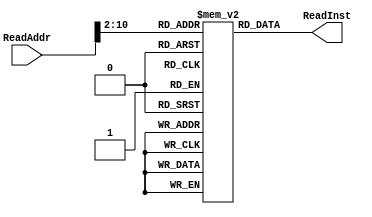
`timescale 1ns / 1ps
//////////////////////////////////////////////////////////////////////////////////
// Company: Tsinghua University
// 
// Design Name: PipelineCPU
// Module Name: InstMem
// Project Name: PipelineCPU
// Target Devices: xc7a35tcpg236-1
// Tool Versions: Vivado 2017.3
// Description: The memory to save instructions
// 
// Dependencies: None
// 
// Revision: None
// Revision 0.01 - File Created
// Additional Comments: None
// 
//////////////////////////////////////////////////////////////////////////////////


module InstMem
(
    input wire [31:0] ReadAddr,
    output wire [31:0] ReadInst
);

parameter MEM_SIZE = 512;
reg [31:0] data [MEM_SIZE:0];

assign ReadInst = data[ReadAddr[10:2]];

integer i;
initial begin
    data[9'h0 ] <= 32'h20040005;
    data[9'h1 ] <= 32'h20080080;
    data[9'h2 ] <= 32'h03a8e822;
    data[9'h3 ] <= 32'h23a50000;
    data[9'h4 ] <= 32'h20060005;
    data[9'h5 ] <= 32'h20080002;
    data[9'h6 ] <= 32'haca80000;
    data[9'h7 ] <= 32'h2008000c;
    data[9'h8 ] <= 32'haca80004;
    data[9'h9 ] <= 32'h20080001;
    data[9'hA ] <= 32'haca80008;
    data[9'hB ] <= 32'h2008000a;
    data[9'hC ] <= 32'haca8000c;
    data[9'hD ] <= 32'h20080003;
    data[9'hE ] <= 32'haca80010;
    data[9'hF ] <= 32'h20080014;
    data[9'h10] <= 32'haca80014;
    data[9'h11] <= 32'h20080002;
    data[9'h12] <= 32'haca80018;
    data[9'h13] <= 32'h2008000f;
    data[9'h14] <= 32'haca8001c;
    data[9'h15] <= 32'h20080001;
    data[9'h16] <= 32'haca80020;
    data[9'h17] <= 32'h20080008;
    data[9'h18] <= 32'haca80024;
    data[9'h19] <= 32'h20080100;
    data[9'h1A] <= 32'h03a8e822;
    data[9'h1B] <= 32'h23b00000;
    data[9'h1C] <= 32'h20080000;
    data[9'h1D] <= 32'h20090040;
    data[9'h1E] <= 32'h0109482a;
    data[9'h1F] <= 32'h11200005;
    data[9'h20] <= 32'h00084880;
    data[9'h21] <= 32'h01304820;
    data[9'h22] <= 32'had200000;
    data[9'h23] <= 32'h21080001;
    data[9'h24] <= 32'h0810001d;
    data[9'h25] <= 32'h20080000;
    data[9'h26] <= 32'h0104502a;
    data[9'h27] <= 32'h1140001b;
    data[9'h28] <= 32'h000850c0;
    data[9'h29] <= 32'h01455020;
    data[9'h2A] <= 32'h8d510000;
    data[9'h2B] <= 32'h8d520004;
    data[9'h2C] <= 32'h00065880;
    data[9'h2D] <= 32'h01705820;
    data[9'h2E] <= 32'h00d16022;
    data[9'h2F] <= 32'h000c6080;
    data[9'h30] <= 32'h01906020;
    data[9'h31] <= 32'h20c90000;
    data[9'h32] <= 32'h0120502a;
    data[9'h33] <= 32'h1540000d;
    data[9'h34] <= 32'h0131502a;
    data[9'h35] <= 32'h15400007;
    data[9'h36] <= 32'h8d6d0000;
    data[9'h37] <= 32'h8d8e0000;
    data[9'h38] <= 32'h01d27020;
    data[9'h39] <= 32'h01cd782a;
    data[9'h3A] <= 32'h11e00001;
    data[9'h3B] <= 32'h0810003d;
    data[9'h3C] <= 32'had6e0000;
    data[9'h3D] <= 32'h216bfffc;
    data[9'h3E] <= 32'h218cfffc;
    data[9'h3F] <= 32'h2129ffff;
    data[9'h40] <= 32'h08100032;
    data[9'h41] <= 32'h21080001;
    data[9'h42] <= 32'h08100026;
    data[9'h43] <= 32'h00061080;
    data[9'h44] <= 32'h00501020;
    data[9'h45] <= 32'h8c420000;
    data[9'h46] <= 32'h20100000;
    data[9'h47] <= 32'h00104302;
    data[9'h48] <= 32'h31080003;
    data[9'h49] <= 32'h20090000;
    data[9'h4A] <= 32'h11090006;
    data[9'h4B] <= 32'h20090001;
    data[9'h4C] <= 32'h11090007;
    data[9'h4D] <= 32'h20090002;
    data[9'h4E] <= 32'h11090009;
    data[9'h4F] <= 32'h20090003;
    data[9'h50] <= 32'h1109000b;
    data[9'h51] <= 32'h20110e00;
    data[9'h52] <= 32'h3052000f;
    data[9'h53] <= 32'h08100060;
    data[9'h54] <= 32'h20110d00;
    data[9'h55] <= 32'h00029102;
    data[9'h56] <= 32'h3252000f;
    data[9'h57] <= 32'h08100060;
    data[9'h58] <= 32'h20110b00;
    data[9'h59] <= 32'h00029202;
    data[9'h5A] <= 32'h3252000f;
    data[9'h5B] <= 32'h08100060;
    data[9'h5C] <= 32'h20110700;
    data[9'h5D] <= 32'h00029302;
    data[9'h5E] <= 32'h3252000f;
    data[9'h5F] <= 32'h08100060;
    data[9'h60] <= 32'h20090000;
    data[9'h61] <= 32'h1249001e;
    data[9'h62] <= 32'h21290001;
    data[9'h63] <= 32'h1249001f;
    data[9'h64] <= 32'h21290001;
    data[9'h65] <= 32'h12490020;
    data[9'h66] <= 32'h21290001;
    data[9'h67] <= 32'h12490021;
    data[9'h68] <= 32'h21290001;
    data[9'h69] <= 32'h12490022;
    data[9'h6A] <= 32'h21290001;
    data[9'h6B] <= 32'h12490023;
    data[9'h6C] <= 32'h21290001;
    data[9'h6D] <= 32'h12490024;
    data[9'h6E] <= 32'h21290001;
    data[9'h6F] <= 32'h12490025;
    data[9'h70] <= 32'h21290001;
    data[9'h71] <= 32'h12490026;
    data[9'h72] <= 32'h21290001;
    data[9'h73] <= 32'h12490027;
    data[9'h74] <= 32'h21290001;
    data[9'h75] <= 32'h12490028;
    data[9'h76] <= 32'h21290001;
    data[9'h77] <= 32'h12490029;
    data[9'h78] <= 32'h21290001;
    data[9'h79] <= 32'h1249002a;
    data[9'h7A] <= 32'h21290001;
    data[9'h7B] <= 32'h1249002b;
    data[9'h7C] <= 32'h21290001;
    data[9'h7D] <= 32'h1249002c;
    data[9'h7E] <= 32'h21290001;
    data[9'h7F] <= 32'h1249002d;
    data[9'h80] <= 32'h200c00c0;
    data[9'h81] <= 32'h022c9025;
    data[9'h82] <= 32'h081000b0;
    data[9'h83] <= 32'h200c00f9;
    data[9'h84] <= 32'h022c9025;
    data[9'h85] <= 32'h081000b0;
    data[9'h86] <= 32'h200c00a4;
    data[9'h87] <= 32'h022c9025;
    data[9'h88] <= 32'h081000b0;
    data[9'h89] <= 32'h200c00b0;
    data[9'h8A] <= 32'h022c9025;
    data[9'h8B] <= 32'h081000b0;
    data[9'h8C] <= 32'h200c0099;
    data[9'h8D] <= 32'h022c9025;
    data[9'h8E] <= 32'h081000b0;
    data[9'h8F] <= 32'h200c0092;
    data[9'h90] <= 32'h022c9025;
    data[9'h91] <= 32'h081000b0;
    data[9'h92] <= 32'h200c0082;
    data[9'h93] <= 32'h022c9025;
    data[9'h94] <= 32'h081000b0;
    data[9'h95] <= 32'h200c00f8;
    data[9'h96] <= 32'h022c9025;
    data[9'h97] <= 32'h081000b0;
    data[9'h98] <= 32'h200c0080;
    data[9'h99] <= 32'h022c9025;
    data[9'h9A] <= 32'h081000b0;
    data[9'h9B] <= 32'h200c0090;
    data[9'h9C] <= 32'h022c9025;
    data[9'h9D] <= 32'h081000b0;
    data[9'h9E] <= 32'h200c0088;
    data[9'h9F] <= 32'h022c9025;
    data[9'hA0] <= 32'h081000b0;
    data[9'hA1] <= 32'h200c0083;
    data[9'hA2] <= 32'h022c9025;
    data[9'hA3] <= 32'h081000b0;
    data[9'hA4] <= 32'h200c00c6;
    data[9'hA5] <= 32'h022c9025;
    data[9'hA6] <= 32'h081000b0;
    data[9'hA7] <= 32'h200c00a1;
    data[9'hA8] <= 32'h022c9025;
    data[9'hA9] <= 32'h081000b0;
    data[9'hAA] <= 32'h200c0086;
    data[9'hAB] <= 32'h022c9025;
    data[9'hAC] <= 32'h081000b0;
    data[9'hAD] <= 32'h200c008e;
    data[9'hAE] <= 32'h022c9025;
    data[9'hAF] <= 32'h081000b0;
    data[9'hB0] <= 32'h3c0a4000;
    data[9'hB1] <= 32'h214a0010;
    data[9'hB2] <= 32'had520000;
    data[9'hB3] <= 32'h22100001;
    data[9'hB4] <= 32'h08100047;
    


    for (i = 9'hB5; i < MEM_SIZE; i = i + 1)
    begin
        data[i] <= 0;
    end
end


// assign ReadInst = 
//     ReadAddr[10:2] == 9'h0    ? 32'h20040005 :
//     ReadAddr[10:2] == 9'h1    ? 32'h20080080 :
//     ReadAddr[10:2] == 9'h2    ? 32'h03a8e822 :
//     ReadAddr[10:2] == 9'h3    ? 32'h23a50000 :
//     ReadAddr[10:2] == 9'h4    ? 32'h20060005 :
//     ReadAddr[10:2] == 9'h5    ? 32'h20080002 :
//     ReadAddr[10:2] == 9'h6    ? 32'haca80000 :
//     ReadAddr[10:2] == 9'h7    ? 32'h2008000c :
//     ReadAddr[10:2] == 9'h8    ? 32'haca80004 :
//     ReadAddr[10:2] == 9'h9    ? 32'h20080001 :
//     ReadAddr[10:2] == 9'hA    ? 32'haca80008 :
//     ReadAddr[10:2] == 9'hB    ? 32'h2008000a :
//     ReadAddr[10:2] == 9'hC    ? 32'haca8000c :
//     ReadAddr[10:2] == 9'hD    ? 32'h20080003 :
//     ReadAddr[10:2] == 9'hE    ? 32'haca80010 :
//     ReadAddr[10:2] == 9'hF    ? 32'h20080014 :
//     ReadAddr[10:2] == 9'h10   ? 32'haca80014 :
//     ReadAddr[10:2] == 9'h11   ? 32'h20080002 :
//     ReadAddr[10:2] == 9'h12   ? 32'haca80018 :
//     ReadAddr[10:2] == 9'h13   ? 32'h2008000f :
//     ReadAddr[10:2] == 9'h14   ? 32'haca8001c :
//     ReadAddr[10:2] == 9'h15   ? 32'h20080001 :
//     ReadAddr[10:2] == 9'h16   ? 32'haca80020 :
//     ReadAddr[10:2] == 9'h17   ? 32'h20080008 :
//     ReadAddr[10:2] == 9'h18   ? 32'haca80024 :
//     ReadAddr[10:2] == 9'h19   ? 32'h20080100 :
//     ReadAddr[10:2] == 9'h1A   ? 32'h03a8e822 :
//     ReadAddr[10:2] == 9'h1B   ? 32'h23b00000 :
//     ReadAddr[10:2] == 9'h1C   ? 32'h20080000 :
//     ReadAddr[10:2] == 9'h1D   ? 32'h20090040 :
//     ReadAddr[10:2] == 9'h1E   ? 32'h0109482a :
//     ReadAddr[10:2] == 9'h1F   ? 32'h11200005 :
//     ReadAddr[10:2] == 9'h20   ? 32'h00084880 :
//     ReadAddr[10:2] == 9'h21   ? 32'h01304820 :
//     ReadAddr[10:2] == 9'h22   ? 32'had200000 :
//     ReadAddr[10:2] == 9'h23   ? 32'h21080001 :
//     ReadAddr[10:2] == 9'h24   ? 32'h0810001d :
//     ReadAddr[10:2] == 9'h25   ? 32'h20080000 :
//     ReadAddr[10:2] == 9'h26   ? 32'h0104502a :
//     ReadAddr[10:2] == 9'h27   ? 32'h1140001b :
//     ReadAddr[10:2] == 9'h28   ? 32'h000850c0 :
//     ReadAddr[10:2] == 9'h29   ? 32'h01455020 :
//     ReadAddr[10:2] == 9'h2A   ? 32'h8d510000 :
//     ReadAddr[10:2] == 9'h2B   ? 32'h8d520004 :
//     ReadAddr[10:2] == 9'h2C   ? 32'h00065880 :
//     ReadAddr[10:2] == 9'h2D   ? 32'h01705820 :
//     ReadAddr[10:2] == 9'h2E   ? 32'h00d16022 :
//     ReadAddr[10:2] == 9'h2F   ? 32'h000c6080 :
//     ReadAddr[10:2] == 9'h30   ? 32'h01906020 :
//     ReadAddr[10:2] == 9'h31   ? 32'h20c90000 :
//     ReadAddr[10:2] == 9'h32   ? 32'h0120502a :
//     ReadAddr[10:2] == 9'h33   ? 32'h1540000d :
//     ReadAddr[10:2] == 9'h34   ? 32'h0131502a :
//     ReadAddr[10:2] == 9'h35   ? 32'h15400007 :
//     ReadAddr[10:2] == 9'h36   ? 32'h8d6d0000 :
//     ReadAddr[10:2] == 9'h37   ? 32'h8d8e0000 :
//     ReadAddr[10:2] == 9'h38   ? 32'h01d27020 :
//     ReadAddr[10:2] == 9'h39   ? 32'h01cd782a :
//     ReadAddr[10:2] == 9'h3A   ? 32'h11e00001 :
//     ReadAddr[10:2] == 9'h3B   ? 32'h0810003d :
//     ReadAddr[10:2] == 9'h3C   ? 32'had6e0000 :
//     ReadAddr[10:2] == 9'h3D   ? 32'h216bfffc :
//     ReadAddr[10:2] == 9'h3E   ? 32'h218cfffc :
//     ReadAddr[10:2] == 9'h3F   ? 32'h2129ffff :
//     ReadAddr[10:2] == 9'h40   ? 32'h08100032 :
//     ReadAddr[10:2] == 9'h41   ? 32'h21080001 :
//     ReadAddr[10:2] == 9'h42   ? 32'h08100026 :
//     ReadAddr[10:2] == 9'h43   ? 32'h00061080 :
//     ReadAddr[10:2] == 9'h44   ? 32'h00501020 :
//     ReadAddr[10:2] == 9'h45   ? 32'h8c420000 :
//     ReadAddr[10:2] == 9'h46   ? 32'h08100046 :
//     0;
    

endmodule